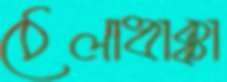
ঠেলাধাক্কা